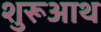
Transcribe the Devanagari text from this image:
शुरूआथ